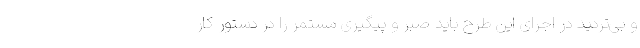
و بی‌تردید در اجرای این طرح باید صبر و پیگیری مستمر را در دستور کار